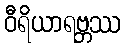
ဝီရိယာရဗ္ဘဿ